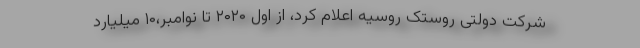
شرکت دولتی روستک روسیه اعلام کرد، از اول ۲۰۲۰ تا نوامبر،۱۰ میلیارد